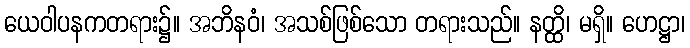
ယေဝါပနကတရား၌။ အဘိနဝံ၊ အသစ်ဖြစ်သော တရားသည်။ နတ္ထိ၊ မရှိ။ ဟေဋ္ဌာ၊